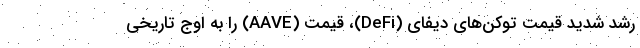
رشد شدید قیمت توکن‌های دیفای (DeFi)، قیمت (AAVE) را به اوج تاریخی